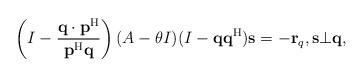
\begin{align*}\left(I-\frac{{\bf q}\cdot{\bf p}^{\rm H}}{{\bf p}^{\rm H}{\bf q}}\right)(A-\theta I)(I-{\bf q}{\bf q}^{\rm H}){\bf s}=-{\bf r}_q,{\bf s}\bot{\bf q},\end{align*}